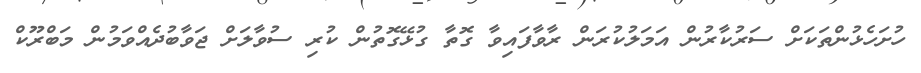
ހުށަހެޅުންތަކަށް ސަރުކާރުން އަމަލުކުރަން ރާވާފައިވާ ގޮތާ ގުޅޭގޮތުން ކުރި ސުވާލަށް ޖަވާބުދެއްވަމުން މަބްރޫކް